Indian journal of veterinary science and animal husbandry - Volumes 15-17, 1948-1951
Year: 1948
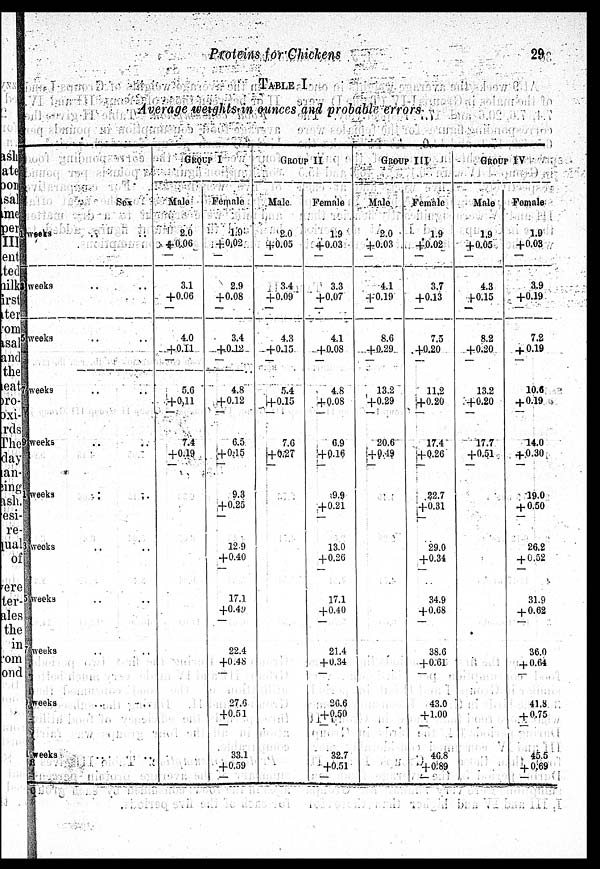
Proteins for Chickens
29
TABLE I
Average weights in ounces and probable errors
Sex
1 weeks
3 weeks
5 weeks
7 weeks
9 weeks
1 weeks
3 weeks
5 weeks
7 weeks
9 weeks
1 weeks
GROUP I
Male
2.0
+0.06
—
3.1
+0.06
—
4.0
+0.11
—
5.6
+0,11
—
7.4
+0.19
—
Female
1.9
+0.02
—
2.9
+0.08
—
3.4
+0.12
—
4.8
+0.12
—
6.5
+0.15
—
9.3
+0.25
—
12.9
+0.40
17.1
+0.49
22.4
+0.48
—
27.6
+0.51
—
33.1
+0.59
—
GROUP II
Male
2.0
+0.05
—
3.4
+0.09
—
4.3
+0.15
—
5.4
+0.15
—
7.6
+0.27
—
Female
1.9
+0.03
—
3.3
+0.07
—
4.1
+0.08
—
4.8
+ 0.08
—
6.9
+0.16
—
9.9
+ 0.21
—
13.0
+ 0.26
—
17.1
+ 0.40
—
21.4
+ 0.34
—
26.6
+0.50
—
32.7
+0.51
—
GROUP III
Male
2.0
+0.03
—
4.1
+0.19
—
8.6
+0.29
—
13.2
+0.29
—
20.6
+0.19
—
Female
1.9
+0.02
—
3.7
+0.13
—
7.5
+0.20
—
11,2
+0.20
—
17.4
+0.26
—
22.7
+0.31
—
29.0
+0.34
—
34.9
+ 0.68
—
38.6
+0.61
—
43.0
+ 1.00
—
46.8
+0.89
—
GROUP IV
Male
1.9
+0.05
—
4.3
+0.15
—
8.2
+0.20
—
13.2
+0.20
—
17.7
+0.51
—
Female
1.9
+0.03
3.9
+0.19
—
7.2
+ 0.19
—
10.6
+ 0.19
—
14.0
+ 0.30
—
19.0
+ 0.50
—
26.2
+ 0.52
31.9
+ 0.62
—
36.0
+ 0.64
—
41.8
+ 0.75
—
45.5
+ 0.69
—